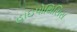
હાઇપોથિસિસ